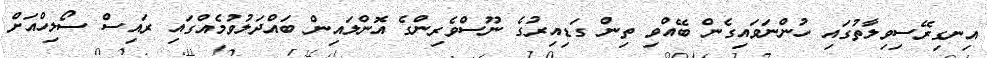
އިނގިރޭސިވިލާތުގައި ހުންނަވައިގެން ބޭއްވި ތިން ގަޑިއިރުގެ ނޫސްވެރިންގެ އޮންލައިން ބައްދަލުވުމެއްގައި ރައިސް ސޯލިހްއަށް